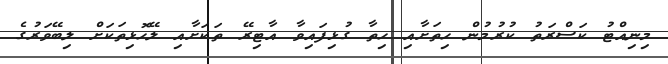
މިނިއްޓު ކަސްރަތު ކުރުމުން ހިތަށާއި ހިތާ ގުޅިފައިވާ އާޓިރޭ ތަކަށާއި ލޭހޮޅިތަކަށް ލިބޭވަރުގެ